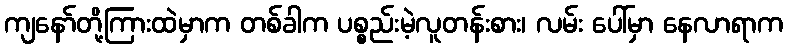
ကျနော်တို့ကြားထဲမှာက တစ်ခါက ပစ္စည်းမဲ့လူတန်းစား၊ လမ်း ပေါ်မှာ နေလာရာက